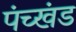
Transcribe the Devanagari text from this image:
पंच्खंड